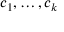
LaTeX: c _ { 1 } , \dots , c _ { k }